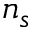
n _ { s }